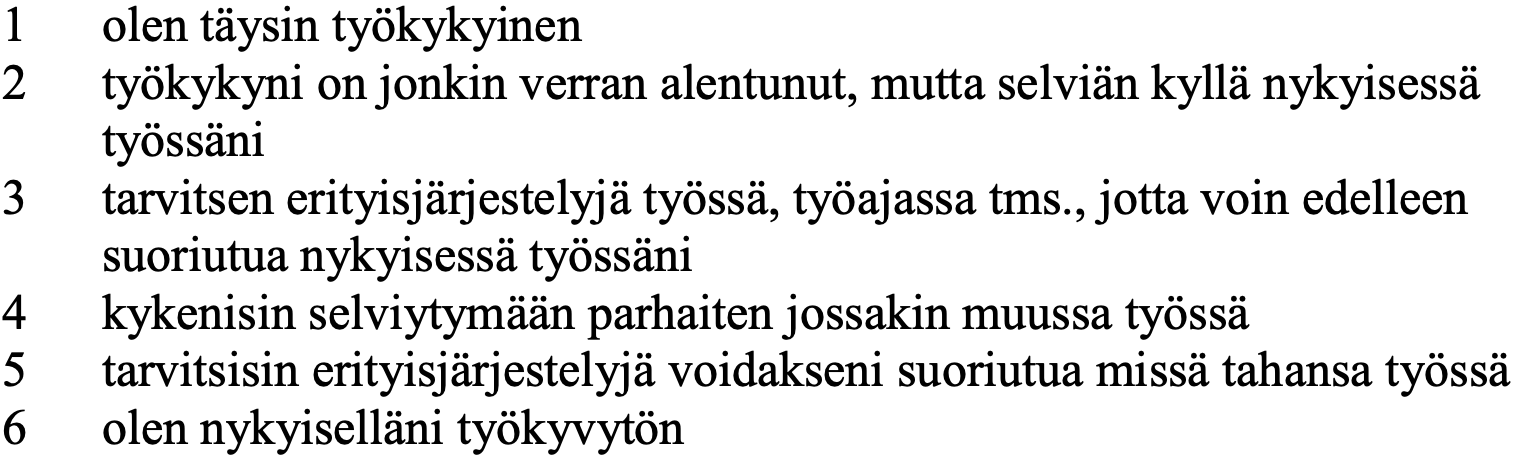
1  olen täysin työkykyinen 2  työkykyni on jonkin verran alentunut, mutta selviän kyllä nykyisessä työssäni 3  tarvitsen erityisjärjestelyjä työssä, työajassa tms., jotta voin edelleen suoriutua nykyisessä työssäni 4  kykenisin selviytymään parhaiten jossakin muussa työssä 5  tarvitsisin erityisjärjestelyjä voidakseni suoriutua missä tahansa työssä 6  olen nykyiselläni työkyvytön